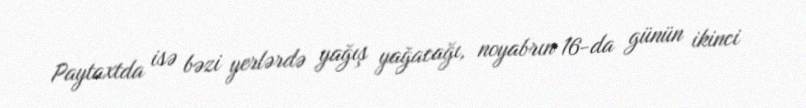
Paytaxtda isə bəzi yerlərdə yağış yağacağı, noyabrın 16-da günün ikinci